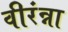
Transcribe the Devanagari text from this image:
वीरंन्ना